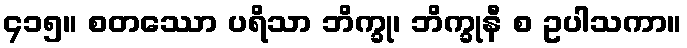
၄၁၅။ စတဿော ပရိသာ ဘိက္ခု၊ ဘိက္ခုနီ စ ဥပါသကာ။